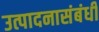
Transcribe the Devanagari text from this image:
उत्पादनासंबंधी